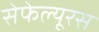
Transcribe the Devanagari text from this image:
सेफेल्यूरस